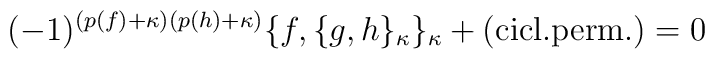
( -1)^{(p(f)+\kappa)(p(h)+\kappa)}\{ f,\{ g, h \}_{\kappa}\}_\kappa +{\rm{(cicl. perm.)}} = 0